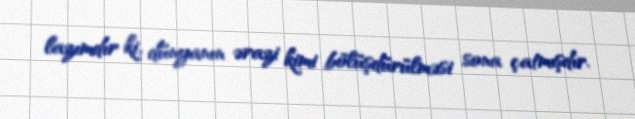
lazımdır ki, dünyanın ərazi kimi bölüşdürülməsi sona çatmışdır.